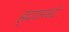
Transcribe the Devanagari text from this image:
ह्र्दयामध्ये